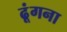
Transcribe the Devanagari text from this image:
ढूंगना